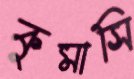
কুমাসি